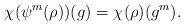
LaTeX: \begin{align*}\chi(\psi^m(\rho))(g) = \chi(\rho)(g^m).\end{align*}